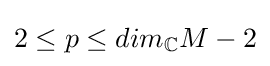
2\leq p\leq dim_{\mathbb {C} }M-2